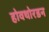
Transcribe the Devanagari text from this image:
होवथोरडन